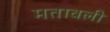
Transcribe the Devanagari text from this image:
मतावली